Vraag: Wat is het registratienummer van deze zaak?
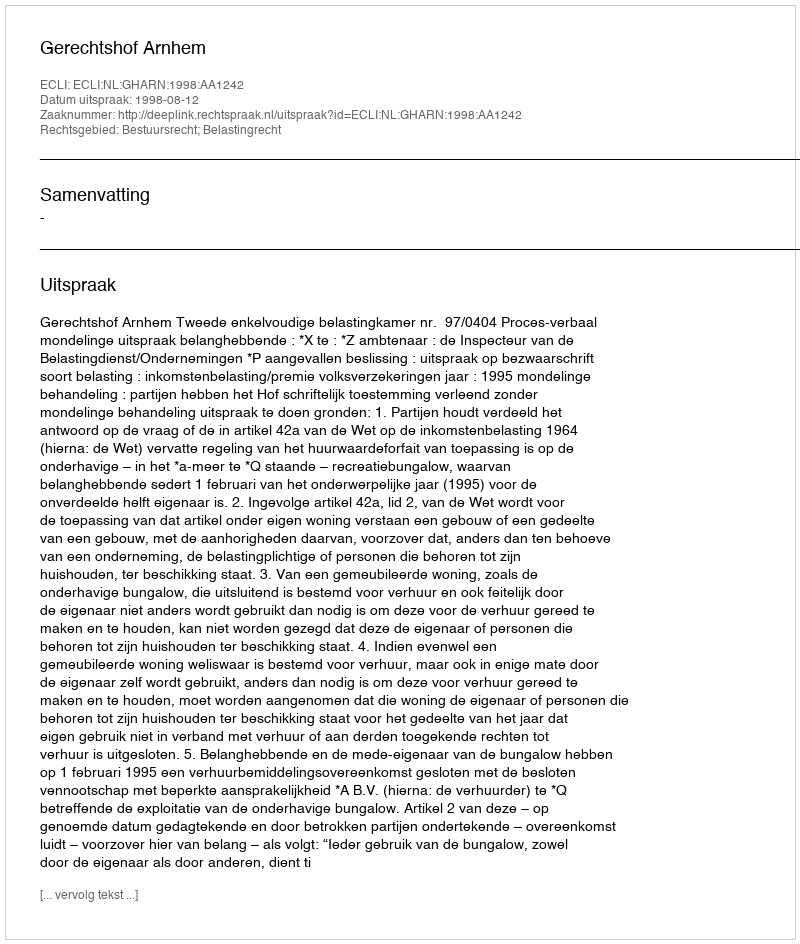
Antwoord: http://deeplink.rechtspraak.nl/uitspraak?id=ECLI:NL:GHARN:1998:AA1242